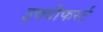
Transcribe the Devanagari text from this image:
इक्वीफर्स्ट